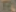
FRUI